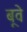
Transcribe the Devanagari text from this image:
बूवे